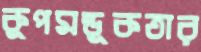
কূপমন্ডূকতার